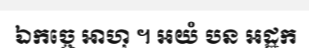
ឯកច្ចេ ឤហុ ។ អយំ បន អដ្ឋក